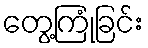
တွေ့ကြုံခြင်း